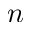
n